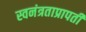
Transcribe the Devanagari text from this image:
स्वनंत्रताप्रापती